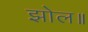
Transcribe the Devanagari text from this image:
झोल॥